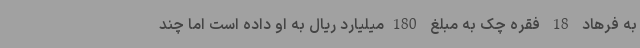
به فرهاد 18 فقره چک به مبلغ 180میلیارد ریال به او داده است اما چند